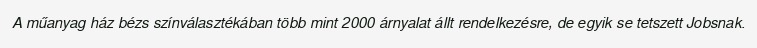
A műanyag ház bézs színválasztékában több mint 2000 árnyalat állt rendelkezésre, de egyik se tetszett Jobsnak.